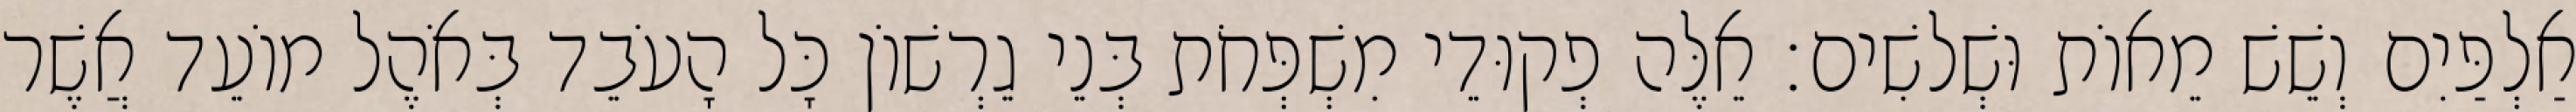
אַלְפַּיִם וְשֵׁשׁ מֵאוֹת וּשְׁלשִׁים׃ אֵלֶּה פְקוּדֵי מִשְׁפְּחֹת בְּנֵי גֵרְשׁוֹן כָּל הָעֹבֵד בְּאֹהֶל מוֹעֵד אֲשֶׁר